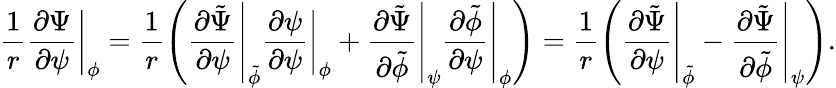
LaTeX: \frac{1}{r}\left.\frac{\partial\Psi}{\partial\psi}\right|_{\phi}=\frac{1}{r}\left(\left.\frac{\partial\tilde{\Psi}}{\partial\psi}\right|_{\tilde{\phi}}\left.\frac{\partial\psi}{\partial\psi}\right|_{\phi}+\left.\frac{\partial\tilde{\Psi}}{\partial\tilde{\phi}}\right|_{\psi}\left.\frac{\partial\tilde{\phi}}{\partial\psi}\right|_{\phi}\right)=\frac{1}{r}\left(\left.\frac{\partial\tilde{\Psi}}{\partial\psi}\right|_{\tilde{\phi}}-\left.\frac{\partial\tilde{\Psi}}{\partial\tilde{\phi}}\right|_{\psi}\right).